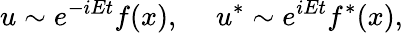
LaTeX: u\sim e^{-iEt}f(x),~~~~~u^{*}\sim e^{iEt}f^{*}(x),